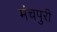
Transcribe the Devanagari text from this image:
मंचपुरी